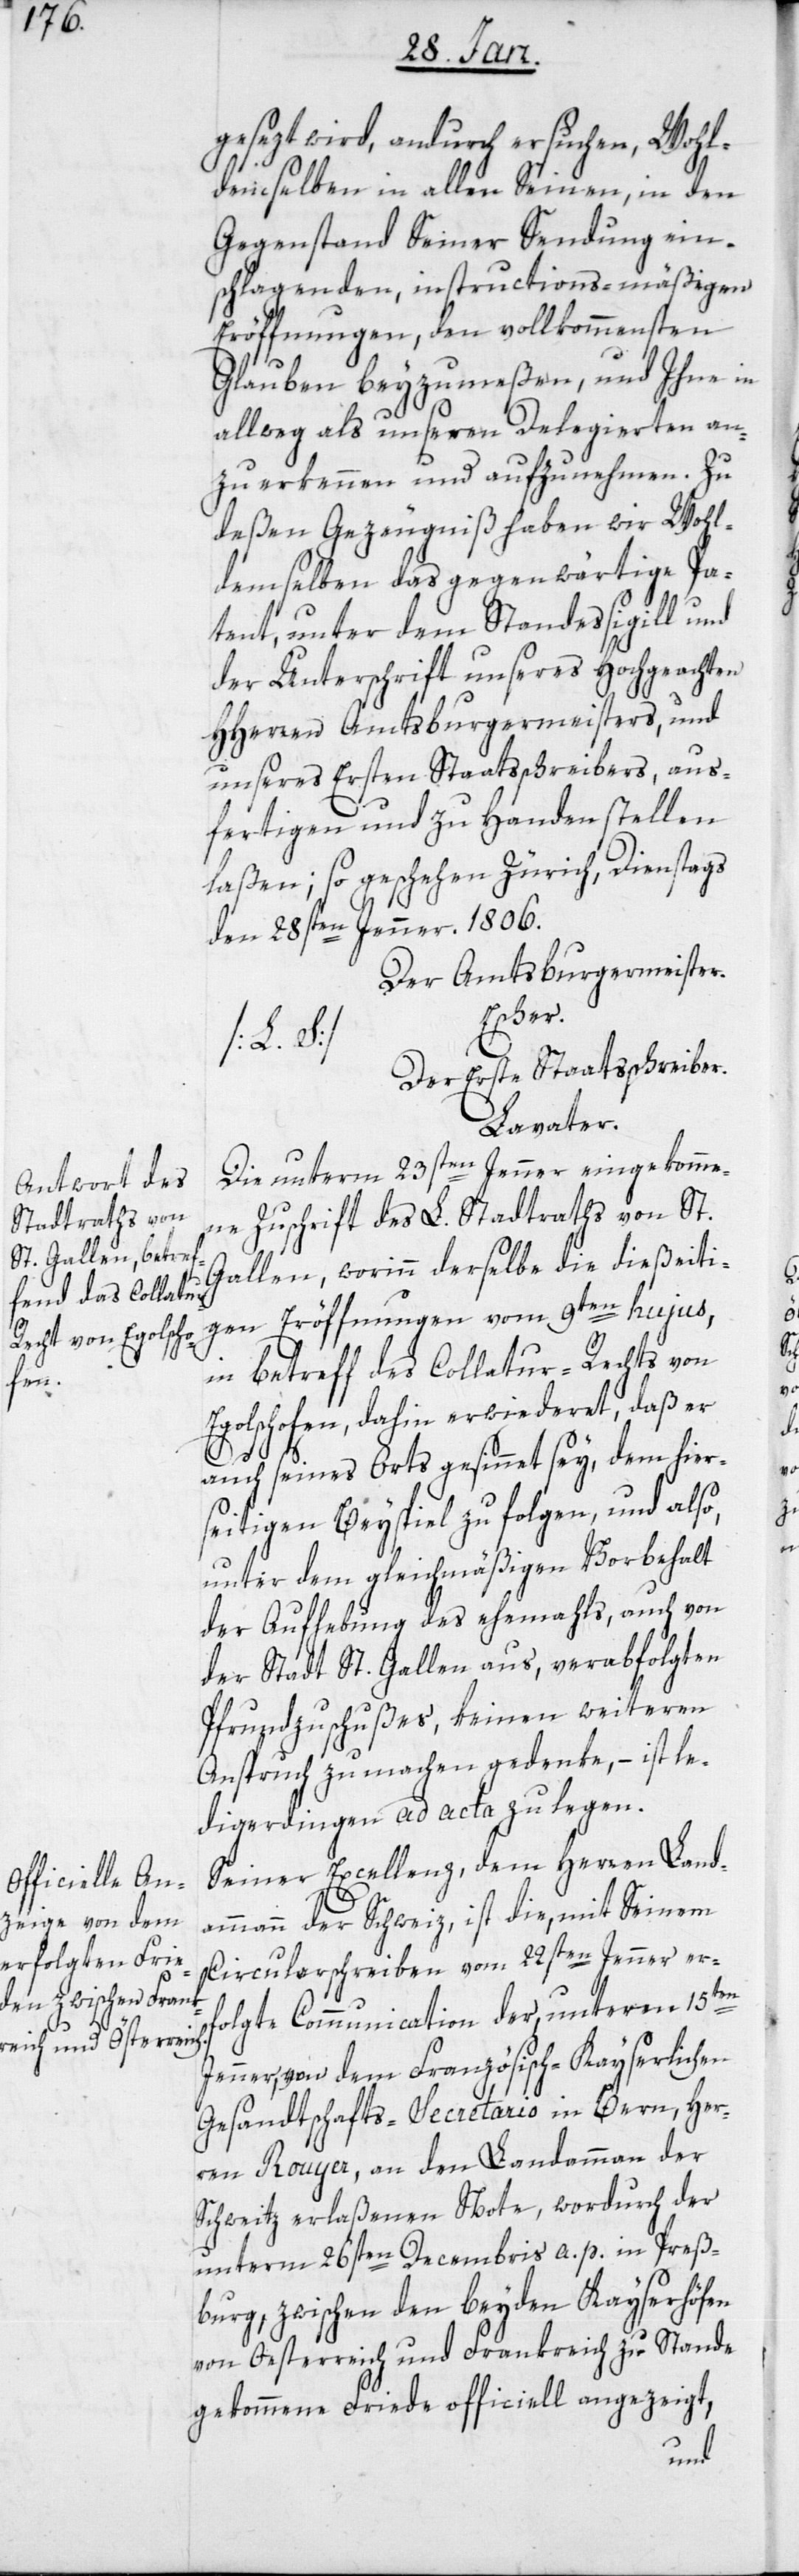
heb¬

gesezt wird, andurch ersuchen, Wohl¬
denselben in allen Seinen, in den
Gegenstand Seiner Sendung ein¬
schlagenden, instructions-mäßigen
Eröffnungen, den vollkommensten
Glauben beyzumeßen, und Ihne in
allweg als unseren Delegierten an¬
zu erkennen und aufzunehmen. Zu
deßen Gezeugniß haben wir Wohl¬
demselben das gegenwärtige Pa¬
tent unter dem Standessigill und
der Unterschrfit unseres Hochgeachten
HHerren Amtsburgermeisters, und
unseres Ersten Staatsschreibers, aus¬
fertigen und zu Handen stellen
laßen; so geschehen Zürich, Dienstags
den 28sten Jenner. 1806.
Der Amtsburgermeister.
Escher.
ehemahls,
Der Erste Staatsschreiber.
Lavater.
Die unterm 23sten Jenner eingekomme¬
ne Zuschrift des L. Stadtraths von St.
Gallen, worinn derselbe die dießeiti¬
gen Eröffnungen vom 9ten hujus,
in betreff des Collatur-Rechts von
Egolschofen, dahin erwideret, daß er
auch seines Orts gesinnet sey, dem hier¬
seitigen Beyspiel zu folgen, und also,
unter dem gleichmäßigen Vorbehalt
der Stadt St. Gallen aus, verabfolgten
Pfrundzuschußes, keinen weiteren
Anspruch zu machen gedenke, – ist le¬
digerdingen ad acta zu legen.
Seiner Excellenz, dem Herren Land¬
ammann der Schweiz, ist die, mit Seinem
Circularschreiben vom 22sten Jenner er¬
folgte Communication der unterm 15ten
Jenner, von dem Französisch-Kayserlichen
Gesandtschafts-Secretario in Bern, Her¬
ren Rouyer, an den Landammann der
Schweitz erlaßenen Note, wordurch der
unterm 26sten Decembris a. p. in Preß¬
burg, zwischen den beyden Kayserhöfen
von Oesterreich und Frankreich zu Stande
gekommene Friede officiell angezeigt,
auch